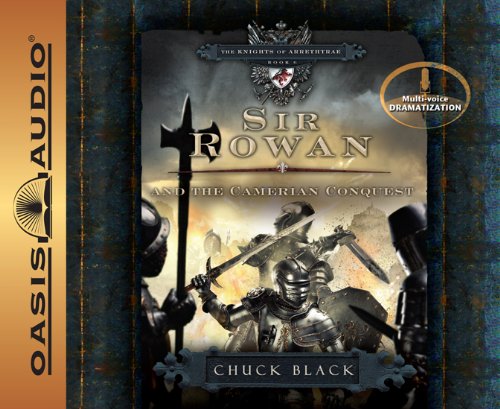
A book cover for Sir Rowan and the Camerian Conquest (The Knights of Arrethtrae); Chuck Black; Teen & Young Adult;